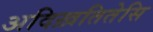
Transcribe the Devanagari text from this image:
अदिख़तितेसि